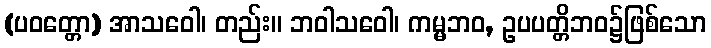
(ပဝတ္တော) အာသဝေါ၊ တည်း။ ဘဝါသဝေါ၊ ကမ္မဘဝ, ဥပပတ္တိဘဝ၌ဖြစ်သော